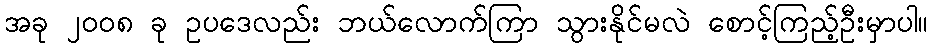
အခု ၂၀၀၈ ခု ဥပဒေလည်း ဘယ်လောက်ကြာ သွားနိုင်မလဲ စောင့်ကြည့်ဦးမှာပါ။